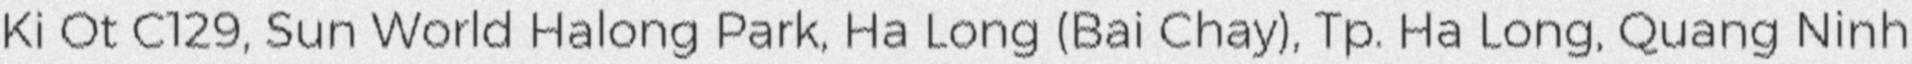
Ki Ot C129, Sun World Halong Park, Ha Long (Bai Chay), Tp. Ha Long, Quang Ninh